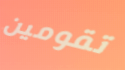
تقومين